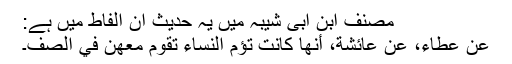
مصنف ابن ابی شیبہ میں یہ حدیث ان الفاط میں ہے:
عَنْ عَطَاءٍ، عَنْ عَائِشَةَ، أَنَّهَا كَانَتْ تَؤُمُّ النِّسَاءَ تَقُومُ مَعَهُنَّ فِي الصَّفِّ۔